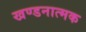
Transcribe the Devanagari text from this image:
खण्डनात्मक